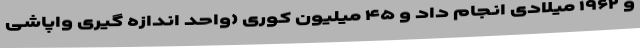
و ۱۹۶۲ میلادی انجام داد و ۴۵ میلیون کوری (واحد اندازه گیری واپاشی